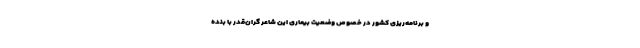
و برنامه‌ریزی کشور در خصوص وضعیت بیماری این شاعر گران‌قدر با بنده